Report of the King Institute of Preventive Medicine, Guindy
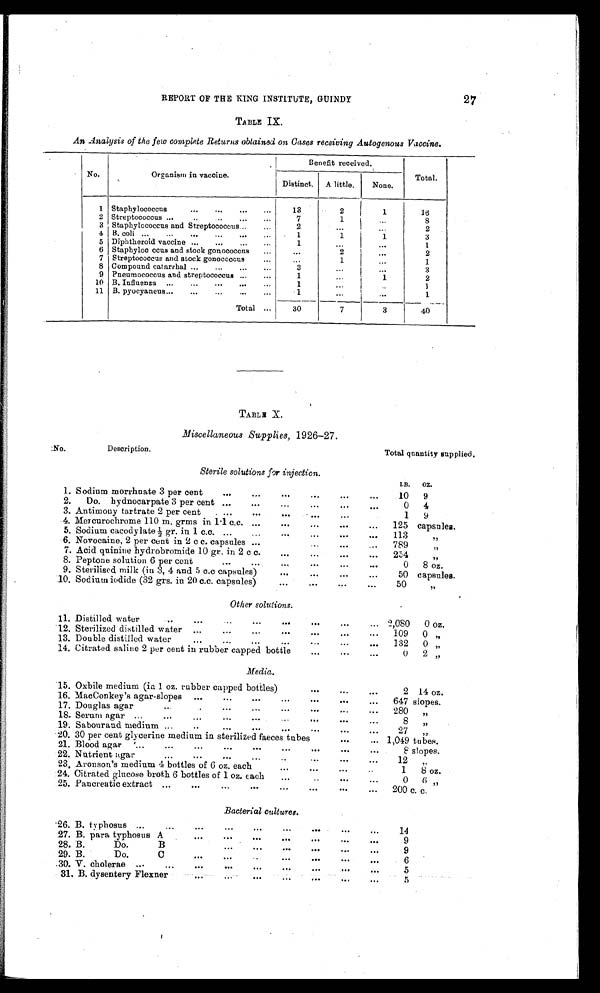
27
REPORT OF THE KING INSTITUTE, GUINDY
TABLE IX.
An Analysis of the few complete Returns obtained on Cases receiving Autogenous Vaccine.
No.
O r g a n i s m i n v a c c i n e .
Benefit received.
Total.
Distinct.
A little.
None.
1
Staphylococcus . . .
13
2
1
1 6
2
Streptococcus . . .
7
1
. . .
8
3
Staphylococcus and Streptococcus . . .
2
. . .
. . .
2
4 B. coli . . .
1
1
1
3
5 Diphtheroid vaccine . . .
1
. . .
. . .
1
6
Staphyloc ccus and stock gonococcus . . .
. . .
2
. . .
2
7
Streptococcus and stock gonococcus . . .
. . .
1
. . .
1
8
Compound catarrhal . . .
3
. . .
. . .
3
9 Pneumococcus and streptococcus . . .
1
. . .
1
2
10
B. Influenza . . .
1
. . .
. . .
1
11
B. pyocyaneus . . .
1
. . .
. . .
1
Total . . .
3 0
7
3
40
TABLE X.
Miscellaneous Supplies, 1926-27.
No.
Description.
Total quantity supplied.
Sterile solutions for injection.
LB.
OZ.
1. Sodium morrhnate 3 per cent . . .
10
9
2.
Do.
hydnocarpate 3 per cent . . .
0
4
3. Antimony tartrate 2 per cent . . .
1
9
4. Mercurochrome 110 m. grms in 1.1 c.c. . . .
125
capsules.
5. Sodium cacodylate ½ gr. in 1 c.c. . . .
113
"
6. Novocaine, 2 per cent in 2 c c. capsules . . .
789
"
7. Acid quinine hydrobromide 10 gr. in 2 c c. . . .
254
,,
8. Peptone solution 6 per cent . . .
0
8 oz.
9. Sterilised milk (in 3, 4 and 5 c.c capsules) . . .
50
capsules.
10. Sodium iodide (32 grs. in 20 c.c. capsules) . . .
50
"
Other solutions.
11 . Distilled water . . .
2,080
0 oz.
12. Sterilized distilled water . . .
109
0
13. Double distilled water. . .
132
0 "
14. Citrated saline 2 per cent in rubber capped bottle . . .
0
2 "
Media.
15. Oxbile medium (in 1 oz. rubber capped bottles) . . .
2
14 oz.
16. MacConkey's agar-slopes . . .
647 slopes.
17. Douglas agar . . .
280
"
18. Serum agar . . .
8
"
19. Sabouraud medium . . .
27
"
20. 30 per cent glycerine medium in sterilized faeces tubes . . .
1,049 tubes.
21. Blood agar . . .
8 slopes.
22. Nutrient agar . . .
1 2
"
23. Aronson's medium 4 bottles of 6 oz. each . . .
1
8 oz.
24. Citrated glucose broth 6 bottles of 1 oz. each . . .
0
6 "
25. Pancreatic extract . . .
200 c. c.
Bacterial cultures.
26. B. typhosus . . .
14
27. B. para typhosus A . . .
9
28. B.
Do.
B . . .
9
29. B.
Do.
C . . .
6
30. V. cholerae . . .
5
31. B. dysentery Flexner . . .
5